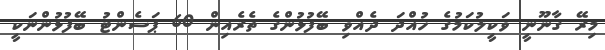
މިރޭ ގާނޫނީ ވަކީލުކަމުގެ ހުއްދަ ދެއްވި ބޭފުޅުންގެ ތެރެއިން 60 ޕަސެންޓު ބޭފުޅުންނަކީ